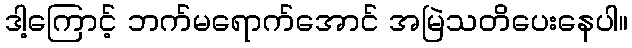
ဒါ့ကြောင့် ဘက်မရောက်အောင် အမြဲသတိပေးနေပါ။